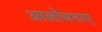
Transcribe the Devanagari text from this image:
आलोचनाए